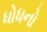
ધોધનો